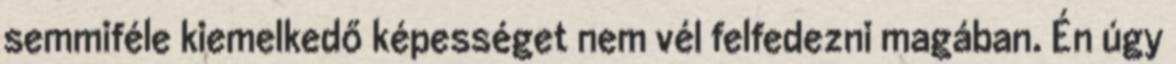
semmiféle kiemelkedő képességet nem vél felfedezni magában. Én úgy